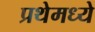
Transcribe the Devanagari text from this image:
प्रथेमध्ये